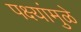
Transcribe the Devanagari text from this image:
पक्ष्यांमुळे